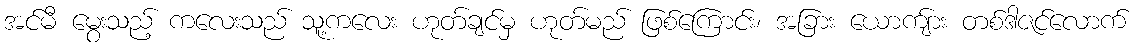
အင်မီ မွေးသည့် ကလေးသည် သူ့ကလေး ဟုတ်ချင်မှ ဟုတ်မည် ဖြစ်ကြောင်း၊ အခြား ယောကျ်ား တစ်ဒါဇင်လောက်